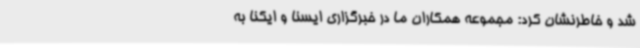
شد و خاطرنشان کرد: مجموعه همکاران ما در خبرگزاری ایسنا و ایکنا به